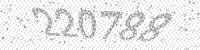
Solution: 220788